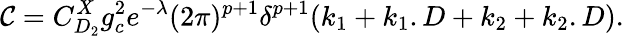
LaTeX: {\mathcal{C}}=C_{D_{2}}^{X}g_{c}^{2}e^{-\lambda}(2\pi)^{p+1}\delta^{p+1}(k_{1}+k_{1}.D+k_{2}+k_{2}.D).